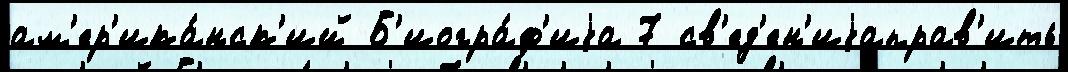
ам'ер'ика́нск'ий Б'иогра́ф'иjа 7 св'ед'ен'иjаправ'ить